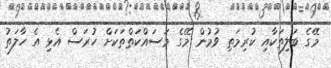
މޭގެ ބަލިތަކާއި ކުރިމަތި ވުމުން މޭގެ މަސައްކަތްތަކަށް ހުރަސް އެޅި އެ ހާލަތު